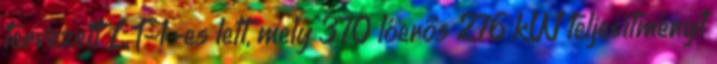
tervezett LT-1-es lett, mely 370 lóerős 276 kW teljesítményt